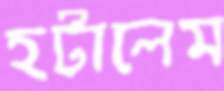
হটালেম